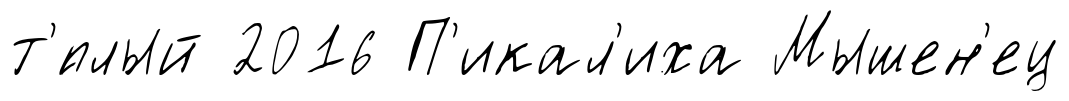
т'́плый 2016 П'икал'иха Мышен'ец